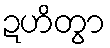
ဍဟိတွာ